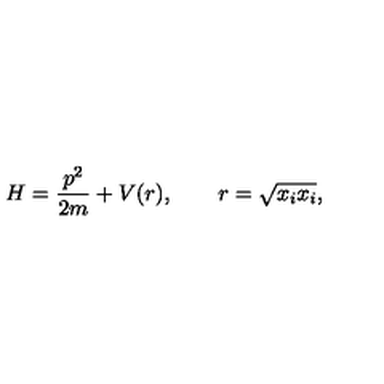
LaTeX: H = \frac { p ^ { 2 } } { 2 m } + V ( r ) , \qquad r = \sqrt { x _ { i } x _ { i } } ,